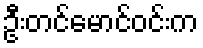
ဦးတင်မောင်ဝင်းက